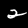
Digit: 2